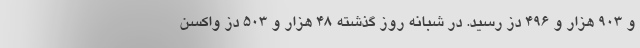
و ۹۰۳ هزار و ۴۹۶ دُز رسید. در شبانه روز گذشته ۴۸ هزار و ۵۰۳ دُز واکسن